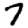
Digit: 7